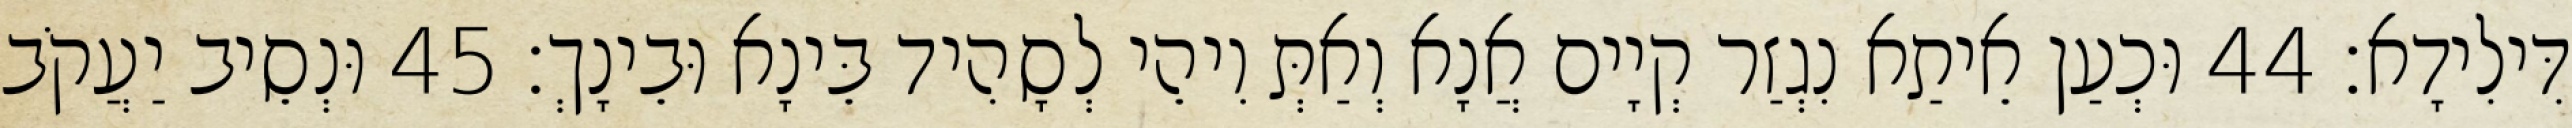
דִּילִידָא׃ 44 וּכְעַן אֵיתַא נִגְזַר קְיָים אֲנָא וְאַתְּ וִיהֵי לְסָהִיד בֵּינָא וּבֵינָךְ׃ 45 וּנְסֵיב יַעֲקֹב